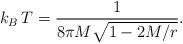
LaTeX: \begin{align*}k_B\, T = {1 \over 8 \pi M \sqrt{1 - 2M/r}} .\end{align*}